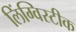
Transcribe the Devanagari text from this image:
लिंग्विस्टीक